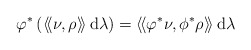
\begin{align*}\varphi^\ast \left(\left\langle \! \left\langle \nu, \rho \right\rangle \! \right\rangle \operatorname{d}\!\lambda\right) = \left\langle \! \left\langle \varphi ^\ast \nu, \phi^\ast \rho \right\rangle \! \right\rangle\operatorname{d}\!\lambda \end{align*}